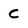
Character: C